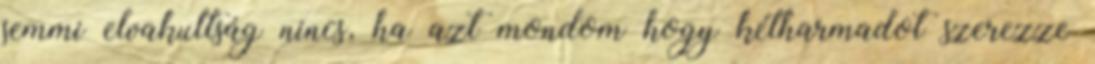
semmi elvakultság nincs, ha azt mondom hogy kétharmadot szerezze